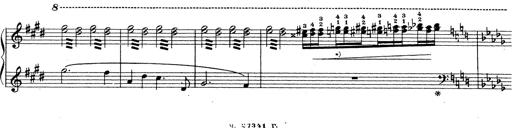
Title: Grosses Konzertsolo
Composer: Franz Liszt